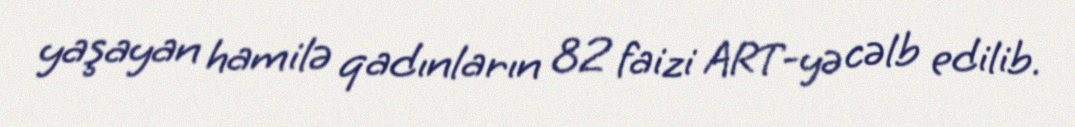
yaşayan hamilə qadınların 82 faizi ART-yə cəlb edilib.